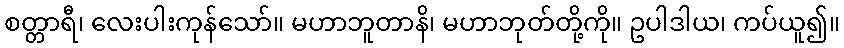
စတ္တာရီ၊ လေးပါးကုန်သော်။ မဟာဘူတာနိ၊ မဟာဘုတ်တို့ကို။ ဥပါဒါယ၊ ကပ်ယူ၍။